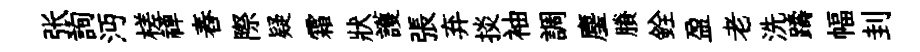
张詢沔槎禅舂際疑霜狀護張弃掞袖調麈賸銓盈老洗躊幅刲